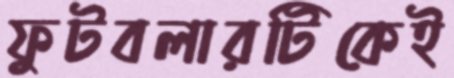
ফুটবলারটিকেই